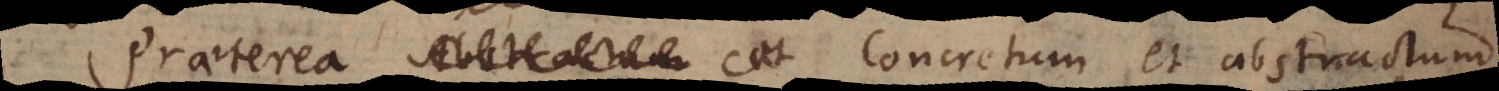
et Concretum et abstractum